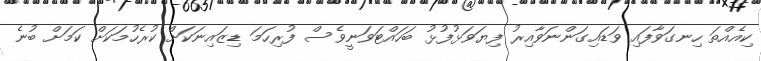
ކިއެއްތަ ހިނގަވާފައި ވަޑައިގަންނަވާއިރު ފިޔަވަޅުފުޅު ބަހައްޓަވަނީވެސް ފުރިހަމަ ޑިޒަައިނަކަށް ކުރެހުމަކަށް ކަމަށް ބުނެ